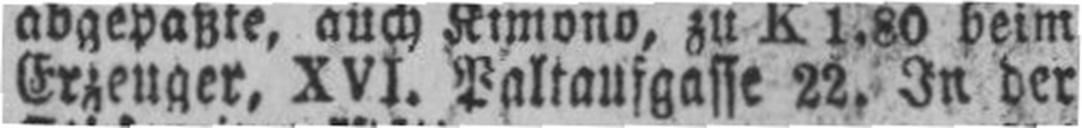
Erzeuger, XVI. Paltaufgasse 22. In der